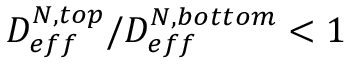
{ D _ { e f f } ^ { N , t o p } } / { D _ { e f f } ^ { N , b o t t o m } } < 1